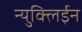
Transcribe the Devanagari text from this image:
न्युक्लिईन